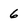
Character: 6